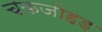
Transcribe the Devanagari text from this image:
चकजोहड़